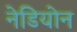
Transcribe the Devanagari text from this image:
नेडियोन